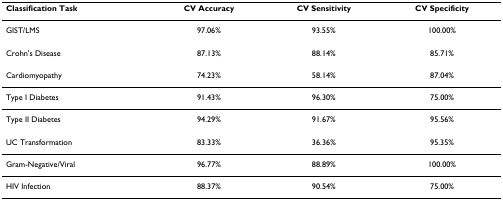
| Classification Task | CV Accuracy | CV Sensitivity | CV Specificity |
 | --- | --- | --- | --- |
 | GIST/LMS | 97.06% | 93.55% | 100.00% |
 | Crohn's Disease | 87.13% | 88.14% | 85.71% |
 | Cardiomyopathy | 74.23% | 58.14% | 87.04% |
 | Type I Diabetes | 91.43% | 96.30% | 75.00% |
 | Type II Diabetes | 94.29% | 91.67% | 95.56% |
 | UC Transformation | 83.33% | 36.36% | 95.35% |
 | Gram-Negative/Viral | 96.77% | 88.89% | 100.00% |
 | HIV Infection | 88.37% | 90.54% | 75.00% |